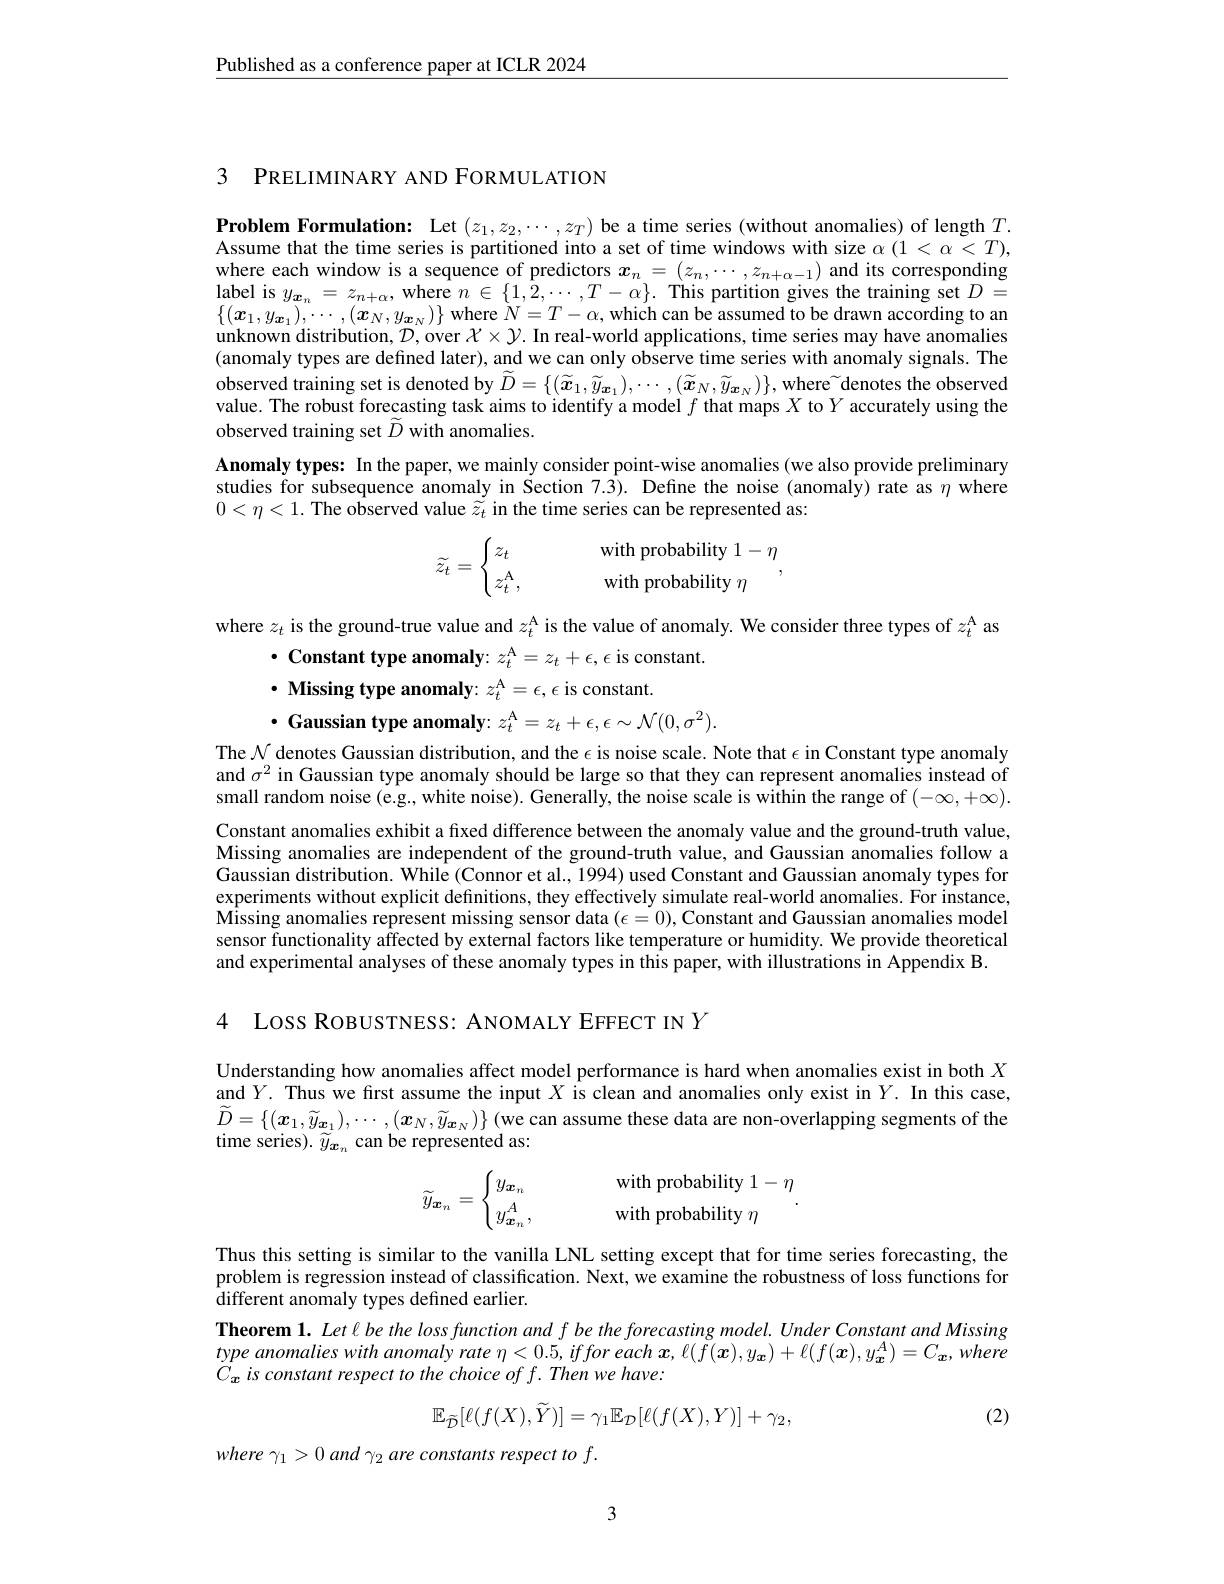
$\underline{\text{Published as a conference paper at ICLR 2024}}$

3 PRELIMINARY AND FORMULATION

Problem Formulation: Let $(z_1,z_2,\cdots,z_T)$ be a time series (without anomalies) of length $T.$ Assume that the time series is partitioned into a set of time windows with size $\alpha(1<\alpha<T)$, where each window is a sequence of predictors $x_n=(z_n,\cdots,z_{n+\alpha-1})$ and its corresponding $\begin{array}{l}{\text{label is }y_{\boldsymbol{x}_{n}}=z_{n+\alpha},\text{where }n\in\{1,2,\cdots,T-\alpha\}.}&{\text{This partition gives the training set }D=}\\{\text{label is }y_{\boldsymbol{x}_{n}}=z_{n+\alpha},\text{where }n\in\{1,2,\cdots,T-\alpha\}.}&{\text{This partition gives the training se}}\end{array}$ $\{ ( x_1, y_{\boldsymbol{x}_1}) , \cdots , ( \boldsymbol{x}_N, y_{\boldsymbol{x}_N}) \}$ where $\hat{N} = T- \alpha $, which can be assumed to be drawn according to an unknown distribution, D, over $\mathcal{X} \times \mathcal{Y} .$ In real- world applications, time series may have anomalies (anomaly types are defined later), and we can only observe time series with anomaly signals. The observed training set is denoted by $\widetilde{D}=\{(\widetilde{x}_1,\widetilde{y}_{\boldsymbol{x}_1}),\cdots,(\widetilde{x}_N,\widetilde{y}_{\boldsymbol{x}_N})\}$, where~denotes the observed value. The robust forecasting task aims to identify a model $f$ that maps $X$ to $Y$ accurately using the observed training set $\widetilde{D}$ with anomalies.
Anomaly types: In the paper, we mainly consider point-wise anomalies (we also provide preliminary studies for subsequence anomaly in Section 7.3). Define the noise (anomaly) rate as $\eta$ where $0<\eta<1.$ The observed value $\tilde{\widetilde{z}_t}$ in the time series can be represented as:
$$\widetilde{z_t}=\begin{cases}z_t&\quad\text{with probability}1-\eta\\z_t^\text{A},&\quad\text{with probability}\eta\end{cases},$$
where $z_t$ is the ground-true value and $z_t^\mathrm{A}$ is the value of anomaly. We consider three types of $z_t^\mathrm{A}$ as
$\cdot$ Constant type anomaly: $z_t^\mathrm{A}=z_t+\epsilon,\epsilon$ is constant.
$\cdot$ Missing type anomaly: $z_t^\mathrm{A}=\epsilon,\epsilon$ is constant.
$\cdot$ Gaussian type anomaly: $z_t^\mathrm{A} = z_t+ \epsilon , \epsilon \sim \mathcal{N} ( 0, \sigma ^2) .$

The $\mathcal{N}$ denotes Gaussian distribution, and the $\epsilon$ is noise scale. Note that $\epsilon$ in Constant type anomaly and $\sigma^2$ in Gaussian type anomaly should be large so that they can represent anomalies instead of small random noise(e.g, white noise). Generally, the noise scale is within the range of $(-\infty,+\infty).$

Constant anomalies exhibit a fixed difference between the anomaly value and the ground-truth value, Missing anomalies are independent of the ground-truth value, and Gaussian anomalies follow a Gaussian distribution. While (Connor et al., 1994) used Constant and Gaussian anomaly types for experiments without explicit definitions, they effectively simulate real-world anomalies. For instance, Missing anomalies represent missing sensor data $(\epsilon=0)$, Constant and Gaussian anomalies model sensor functionality affected by external factors like temperature or humidity. We provide theoretical and experimental analyses of these anomaly types in this paper, with illustrations in Appendix B.

4 Loss RoвUSTNESS: ANOMALY EFFECT IN $Y$

Understanding how anomalies affect model performance is hard when anomalies exist in both $X$ and $Y.$ Thus we first assume the input $X$ is clean and anomalies only exist in$Y. \textbf{ In this case, }$ $\widetilde{D}=\{(\boldsymbol{x}_1,\widetilde{y}_{\boldsymbol{x}_1}),\cdots,(\boldsymbol{x}_N,\widetilde{y}_{\boldsymbol{x}_N})\}$ (we can assume these data are non-overlapping segments of the time series). $\widetilde{y}_{\boldsymbol{x}_n}$ can be represented as:
$$\widetilde{y}_{\boldsymbol{x}_n}=\begin{cases}y_{\boldsymbol{x}_n}&\quad\text{with probability}1-\eta\\y_{\boldsymbol{x}_n}^A,&\quad\text{with probability}\eta\end{cases}.$$
Thus this setting is similar to the vanilla LNL setting except that for time series forecasting, the problem is regression instead of classification. Next, we examine the robustness of loss functions for different anomaly types defined earlier.
Theorem $1.Letlbethelossfunctionandfbetheforecastingmodel.UnderConstantandMissing$ type anomalies with anomaly rate $\eta<0.5,iffor$ each $\boldsymbol x,\ell(\widetilde{f}(\boldsymbol{x}),y_{\boldsymbol{x}})+\ell(f(\boldsymbol{x}),y_{\boldsymbol{x}}^{A})=C_{\boldsymbol{x}},where$ $C_{x}$ is constant respect to the choice of f. Then we have:
$$\mathbb{E}_{\tilde{\mathcal{D}}}[\ell(f(X),\tilde{Y})]=\gamma_{1}\mathbb{E}_{\mathcal{D}}[\ell(f(X),Y)]+\gamma_{2},$$
(2)

where $\gamma _{1}> 0$ and $\gamma _{2}$ are constants respect $to$ $f.$

3